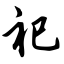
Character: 祀